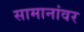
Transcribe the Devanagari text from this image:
सामानांवर